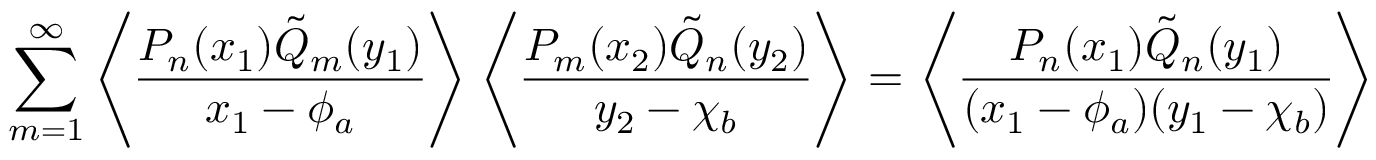
\sum _ { m = 1 } ^ { \infty } \left\langle \frac { P _ { n } ( x _ { 1 } ) \tilde { Q } _ { m } ( y _ { 1 } ) } { x _ { 1 } - \phi _ { a } } \right\rangle \left\langle \frac { P _ { m } ( x _ { 2 } ) \tilde { Q } _ { n } ( y _ { 2 } ) } { y _ { 2 } - \chi _ { b } } \right\rangle = \left\langle \frac { P _ { n } ( x _ { 1 } ) \tilde { Q } _ { n } ( y _ { 1 } ) } { ( x _ { 1 } - \phi _ { a } ) ( y _ { 1 } - \chi _ { b } ) } \right\rangle